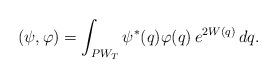
LaTeX: \begin{align*}(\psi,\varphi)=\int_{PW_T}\psi^*(q)\varphi(q)\,e^{2W(q)}\,dq.\end{align*}